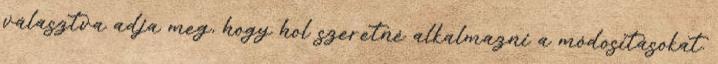
választva adja meg, hogy hol szeretné alkalmazni a módosításokat.